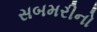
સબમરીનો